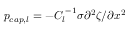
p _ { c a p , l } = - { C _ { l } } ^ { - 1 } \sigma \partial ^ { 2 } \zeta / \partial x ^ { 2 }